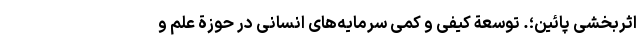
اثربخشی پائین؛. توسعة کیفی و کمّی سرمایه­های انسانی در حوزة علم و